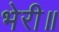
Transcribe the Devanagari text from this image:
भेरी॥